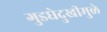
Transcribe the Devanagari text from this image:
गुडघेदुखीमुळे